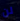
لن